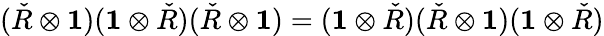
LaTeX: ({\check{R}}\otimes\mathbf{1})(\mathbf{1}\otimes{\check{R}})({\check{R}}\otimes\mathbf{1})=(\mathbf{1}\otimes{\check{R}})({\check{R}}\otimes\mathbf{1})(\mathbf{1}\otimes{\check{R}})